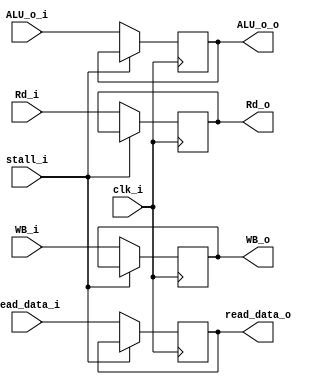
module MEM_WB
(
	clk_i,
	WB_i,
	read_data_i, ALU_o_i,
	Rd_i,

	WB_o,
	read_data_o, ALU_o_o,
	Rd_o,
	stall_i
);

input clk_i;
input [1:0] WB_i;
input [31:0] read_data_i, ALU_o_i;
input [4:0] Rd_i;
input stall_i;

output reg [1:0] WB_o;
output reg [31:0] read_data_o, ALU_o_o;
output reg [4:0] Rd_o;

always @(posedge clk_i) begin
	if(stall_i == 1'b1) begin
	end
	else begin
		WB_o<=WB_i;
		Rd_o<=Rd_i;
		read_data_o <= read_data_i;
		ALU_o_o<=ALU_o_i;
	end
end

endmodule